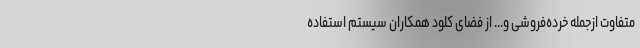
متفاوت ازجمله خرده‌فروشی و... از فضای کلود همکاران سیستم استفاده